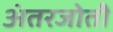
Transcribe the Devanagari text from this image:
अंतरजोती